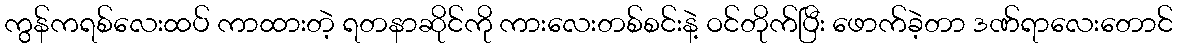
ကွန်ကရစ်လေးထပ် ကာထားတဲ့ ရတနာဆိုင်ကို ကားလေးတစ်စင်းနဲ့ ဝင်တိုက်ပြီး ဖောက်ခဲ့တာ ဒဏ်ရာလေးတောင်